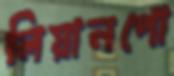
লিয়ানপো